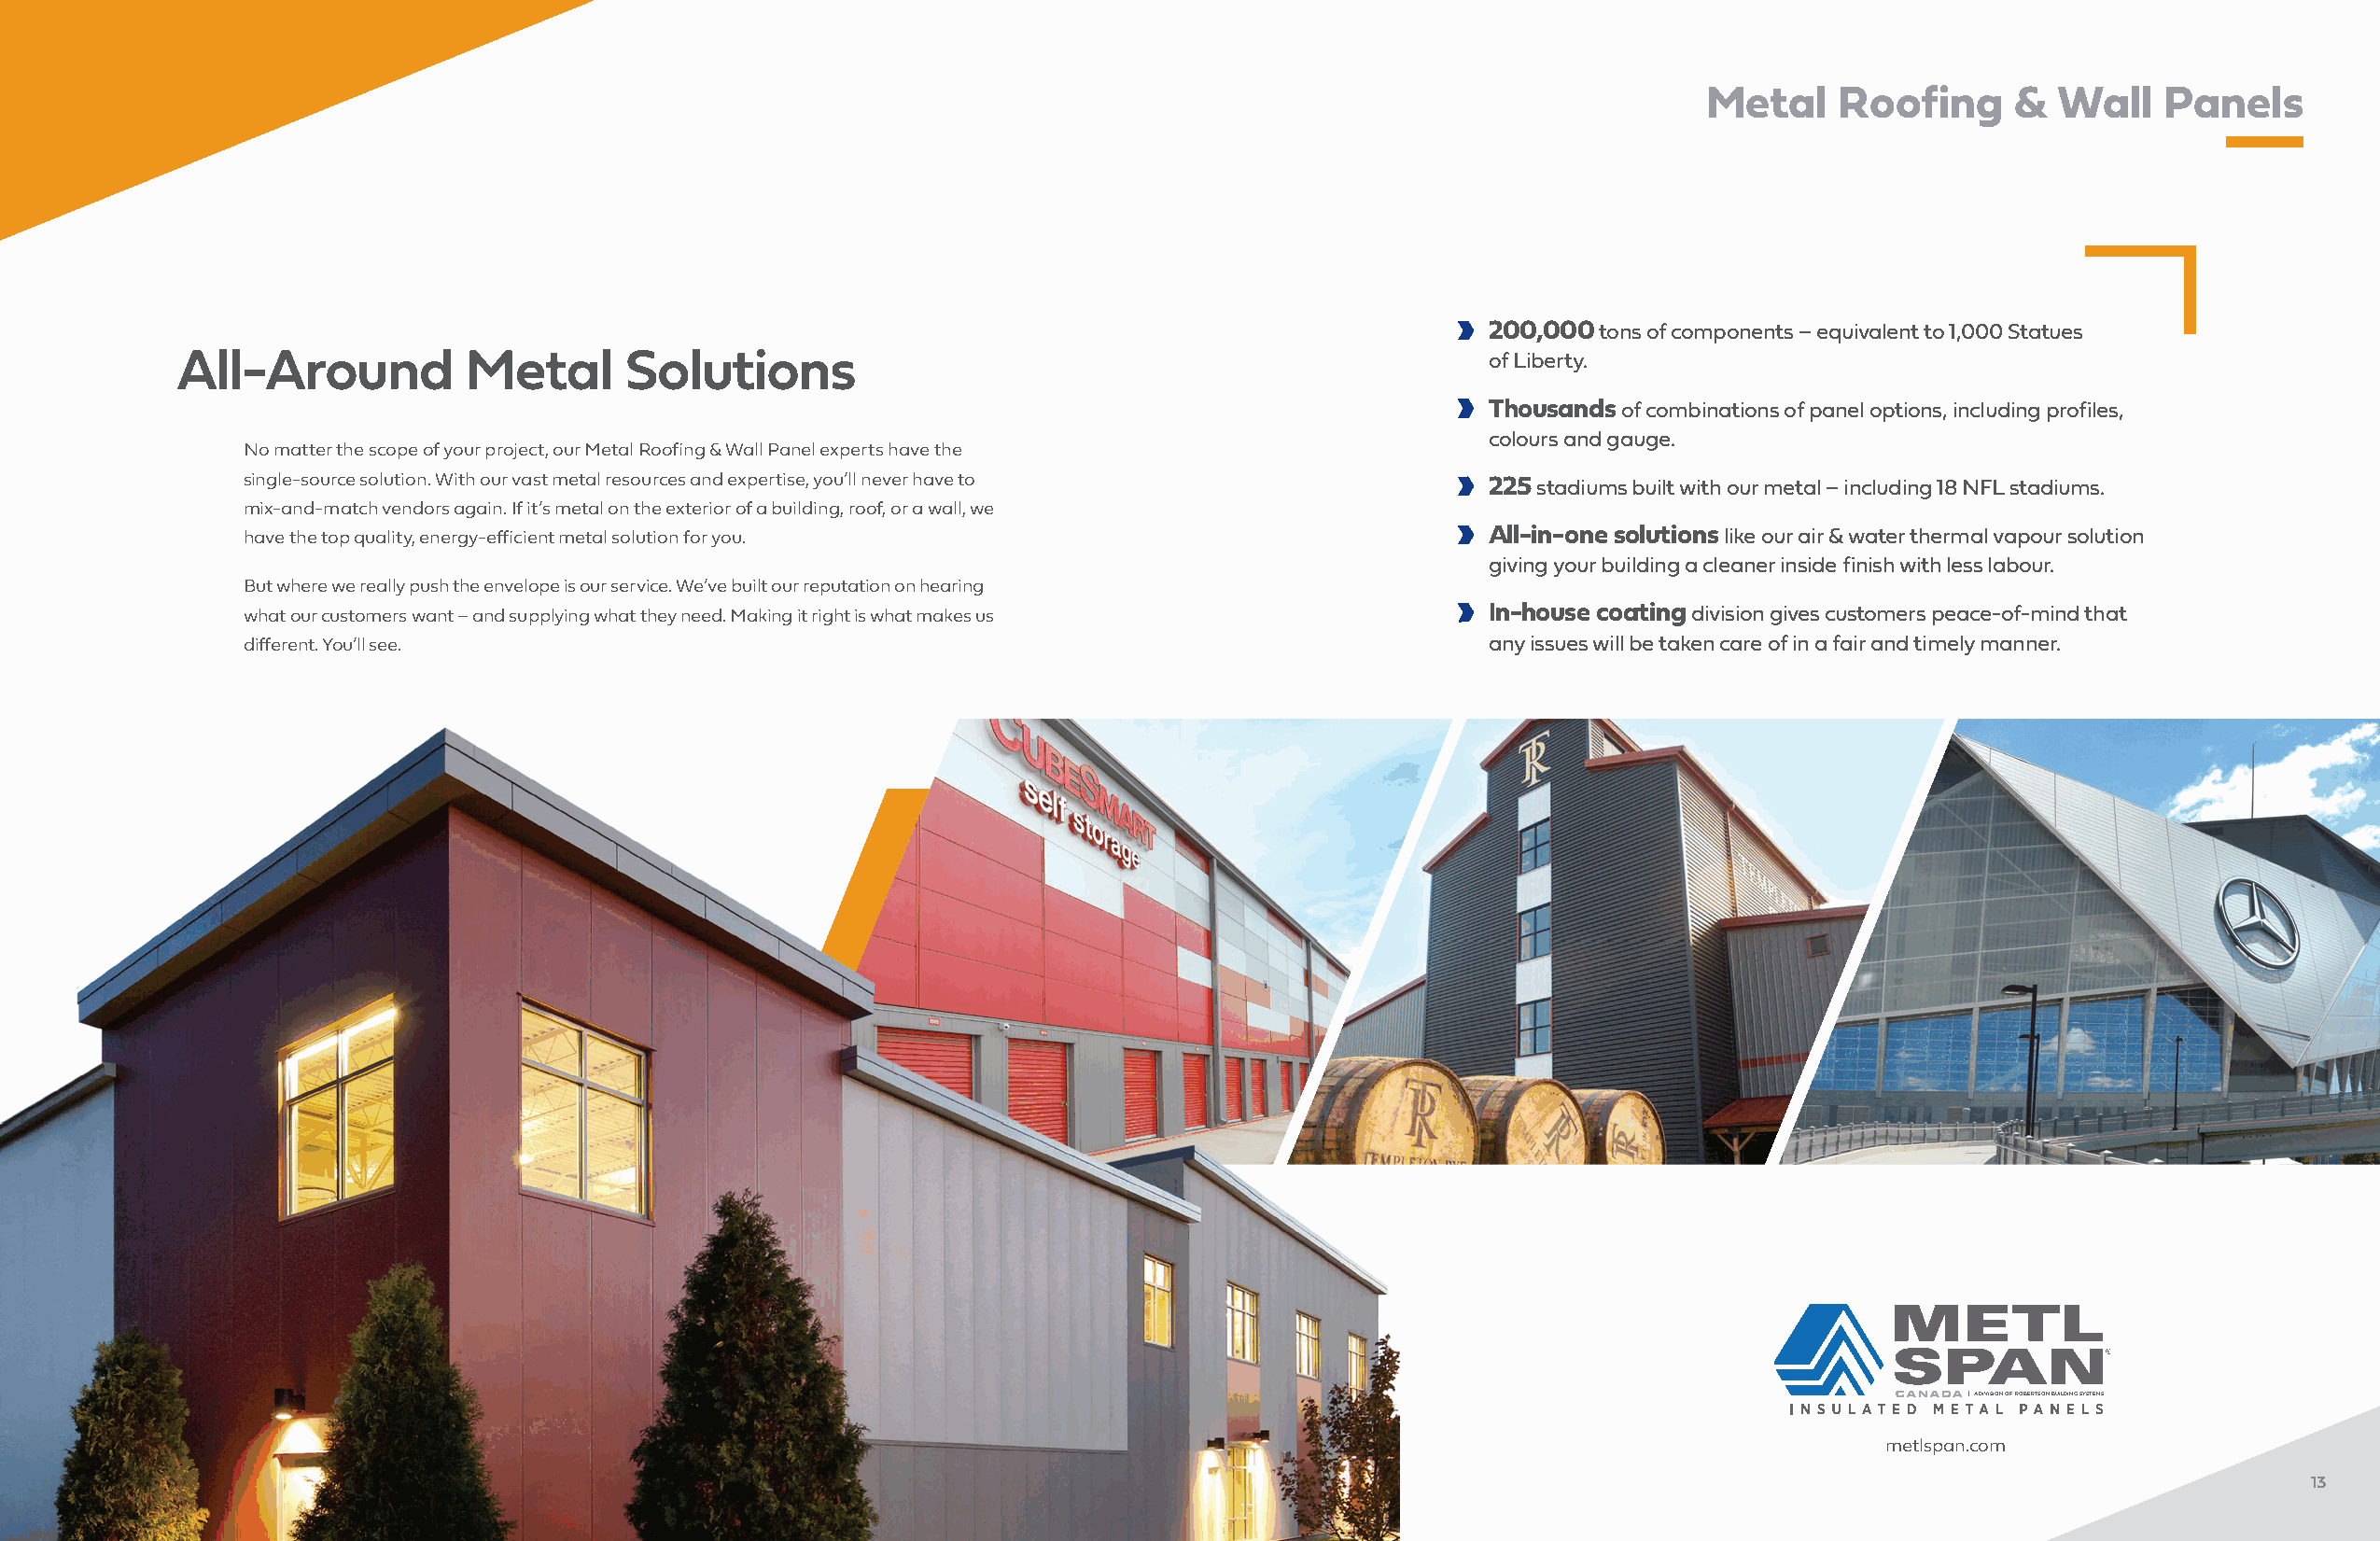
Metal    Roofing      &  Wall    Panels
 200,000 tons of components – equivalent to 1,000 Statues
 All-Around          Metal      Solutions                                                     of Liberty.
 Thousands of combinations of panel options, including profiles,
 colours and gauge.
 No matter the scope of your project, our Metal Roofing & Wall Panel experts have the
 single-source solution. With our vast metal resources and expertise, you’ll never have to 225 stadiums built with our metal – including 18 NFL stadiums.
 mix-and-match vendors again. If it’s metal on the exterior of a building, roof, or a wall, we
 have the top quality, energy-efficient metal solution for you.                           All-in-one solutions like our air & water thermal vapour solution
 giving your building a cleaner inside finish with less labour.
 But where we really push the envelope is our service. We’ve built our reputation on hearing
 what our customers want – and supplying what they need. Making it right is what makes us In-house coating division gives customers peace-of-mind that
 different. You’ll see.                                                                   any issues will be taken care of in a fair and timely manner.
 A DIVISION OF ROBERTSON BUILDING SYSTEMS
 metlspan.com
 13